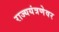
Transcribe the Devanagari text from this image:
राज्ययंत्रणेवर